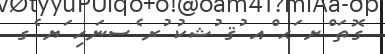
ގޮތަ ްށ ަޙ ްއ ުޤ ުޝކު ުރ ެސނަހި ަޔ ެގ